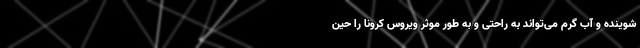
شوینده و آب گرم می‌تواند به راحتی و به طور موثر ویروس کرونا را حین